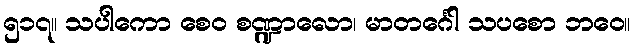
၅၁၇။ သပါကော စေဝ စဏ္ဍာလော၊ မာတင်္ဂေါ သပစော ဘဝေ။